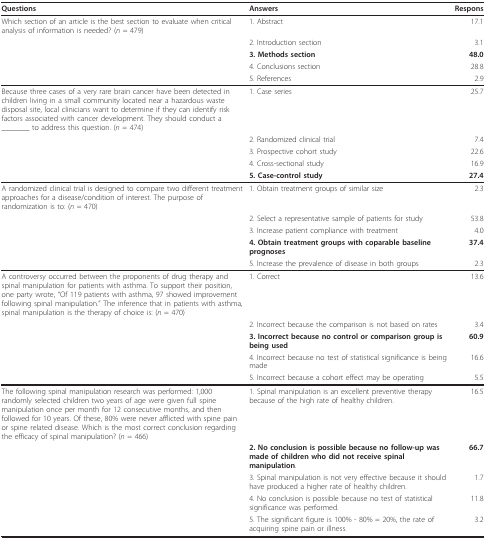
| Questions | Answers | Respons |
 | --- | --- | --- |
 | Which section of an article is the best section to evaluate when critical analysis of information is needed? (n = 479) | 1. Abstract | 17.1 |
 |  | 2. Introduction section | 3.1 |
 |  | 3. Methods section | 48.0 |
 |  | 4. Conclusions section | 28.8 |
 |  | 5. References | 2.9 |
 | Because three cases of a very rare brain cancer have been detected in children living in a small community located near a hazardous waste disposal site, local clinicians want to determine if they can identify risk factors associated with cancer development. They should conduct a _______ to address this question. (n = 474) | 1. Case series | 25.7 |
 |  | 2. Randomized clinical trial | 7.4 |
 |  | 3. Prospective cohort study | 22.6 |
 |  | 4. Cross-sectional study | 16.9 |
 |  | 5. Case-control study | 27.4 |
 | A randomized clinical trial is designed to compare two different treatment approaches for a disease/condition of interest. The purpose of randomization is to: (n = 470) | 1. Obtain treatment groups of similar size | 2.3 |
 |  | 2. Select a representative sample of patients for study | 53.8 |
 |  | 3. Increase patient compliance with treatment | 4.0 |
 |  | 4. Obtain treatment groups with coparable baseline prognoses | 37.4 |
 |  | 5. Increase the prevalence of disease in both groups | 2.3 |
 | A controversy occurred between the proponents of drug therapy and spinal manipulation for patients with asthma. To support their position, one party wrote, "Of 119 patients with asthma, 97 showed improvement following spinal manipulation." The inference that in patients with asthma, spinal manipulation is the therapy of choice is: (n = 470) | 1. Correct | 13.6 |
 |  | 2. Incorrect because the comparison is not based on rates | 3.4 |
 |  | 3. Incorrect because no control or comparison group is being used | 60.9 |
 |  | 4. Incorrect because no test of statistical significance is being made | 16.6 |
 |  | 5. Incorrect because a cohort effect may be operating | 5.5 |
 | The following spinal manipulation research was performed: 1,000 randomly selected children two years of age were given full spine manipulation once per month for 12 consecutive months, and then followed for 10 years. Of these, 80% were never afflicted with spine pain or spine related disease. Which is the most correct conclusion regarding the efficacy of spinal manipulation? (n = 466) | 1. Spinal manipulation is an excellent preventive therapy because of the high rate of healthy children. | 16.5 |
 |  | 2. No conclusion is possible because no follow-up was made of children who did not receive spinal manipulation. | 66.7 |
 |  | 3. Spinal manipulation is not very effective because it should have produced a higher rate of healthy children. | 1.7 |
 |  | 4. No conclusion is possible because no test of statistical significance was performed. | 11.8 |
 |  | 5. The significant figure is 100% - 80% = 20%, the rate of acquiring spine pain or illness. | 3.2 |